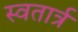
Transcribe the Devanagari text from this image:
स्वतार्त्र